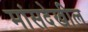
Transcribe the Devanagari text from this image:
मांसदेखील